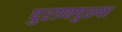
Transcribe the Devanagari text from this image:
पुराणपुरुषा